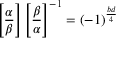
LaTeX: \left[ { \frac { \alpha } { \beta } } \right] \left[ { \frac { \beta } { \alpha } } \right] ^ { - 1 } = ( - 1 ) ^ { \frac { b d } { 4 } }